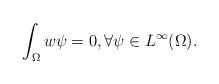
LaTeX: \begin{align*}\int_ \Omega w \psi = 0 , \forall \psi \in L^\infty (\Omega).\end{align*}